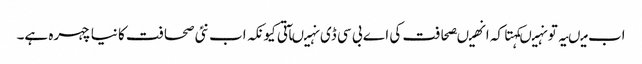
اب میںیہ تو نہیںکہتا کہ انھیںصحافت کی اے بی سی ڈی نہیںآتی کیونکہ اب نئی صحافت کا نیا چہرہ ہے۔